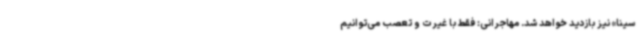
سینا» نیز بازدید خواهد شد. مهاجرانی: فقط با غیرت و تعصب می‌توانیم